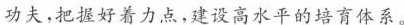
功夫，把握好着力点，建设高水平的培育体系。